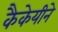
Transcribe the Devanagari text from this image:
कैकेयीने